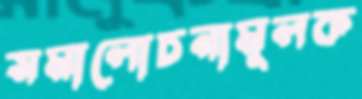
সমালোচনামূলক